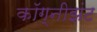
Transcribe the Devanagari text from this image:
कॉग्नीझंट